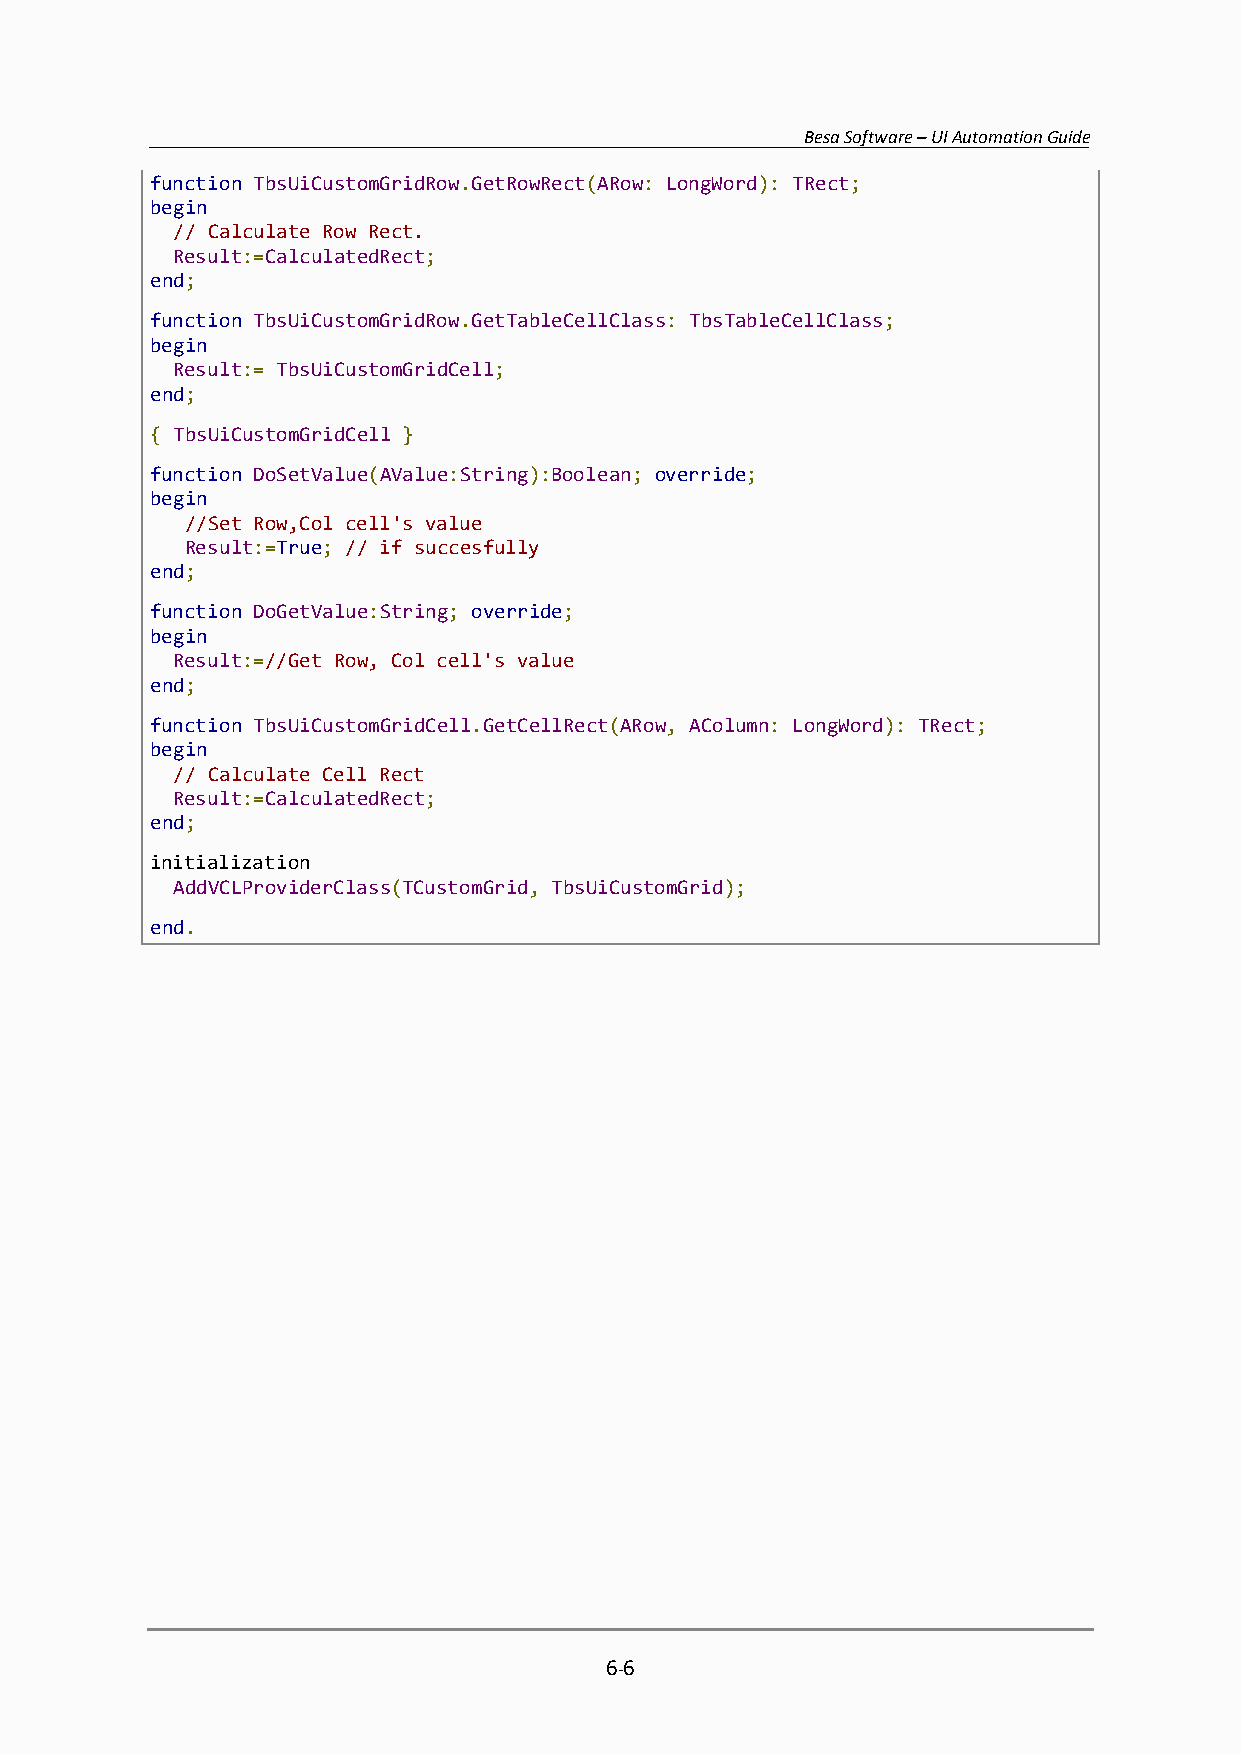
Besa Software – UI Automation Guide
 function TbsUiCustomGridRow.GetRowRect(ARow: LongWord): TRect;
 begin
 // Calculate Row Rect.
 Result:=CalculatedRect;
 end;
 function TbsUiCustomGridRow.GetTableCellClass: TbsTableCellClass;
 begin
 Result:= TbsUiCustomGridCell;
 end;
 { TbsUiCustomGridCell }
 function DoSetValue(AValue:String):Boolean; override;
 begin
 //Set Row,Col cell's value
 Result:=True; // if succesfully
 end;
 function DoGetValue:String; override;
 begin
 Result:=//Get Row, Col cell's value
 end;
 function TbsUiCustomGridCell.GetCellRect(ARow, AColumn: LongWord): TRect;
 begin
 // Calculate Cell Rect
 Result:=CalculatedRect;
 end;
 initialization
 AddVCLProviderClass(TCustomGrid, TbsUiCustomGrid);
 end.
 6-6